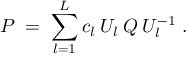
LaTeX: P \; = \; \sum _ { l = 1 } ^ { L } c _ { l } \: U _ { l } \: Q \: U _ { l } ^ { - 1 } \; .